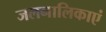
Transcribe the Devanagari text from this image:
जलनालिकाएं